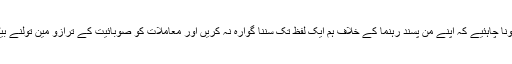
یہ نہیں ہونا چاہئیے کہ اپنے من پسند رہنما کے خلاف ہم ایک لفظ تک سننا گوارہ نہ کریں اور معاملات کو صوبائیت کے ترازو مین تولنے بیٹھ جائیں۔